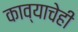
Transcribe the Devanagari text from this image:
काव्याचेही